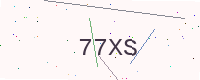
Text: 77XS